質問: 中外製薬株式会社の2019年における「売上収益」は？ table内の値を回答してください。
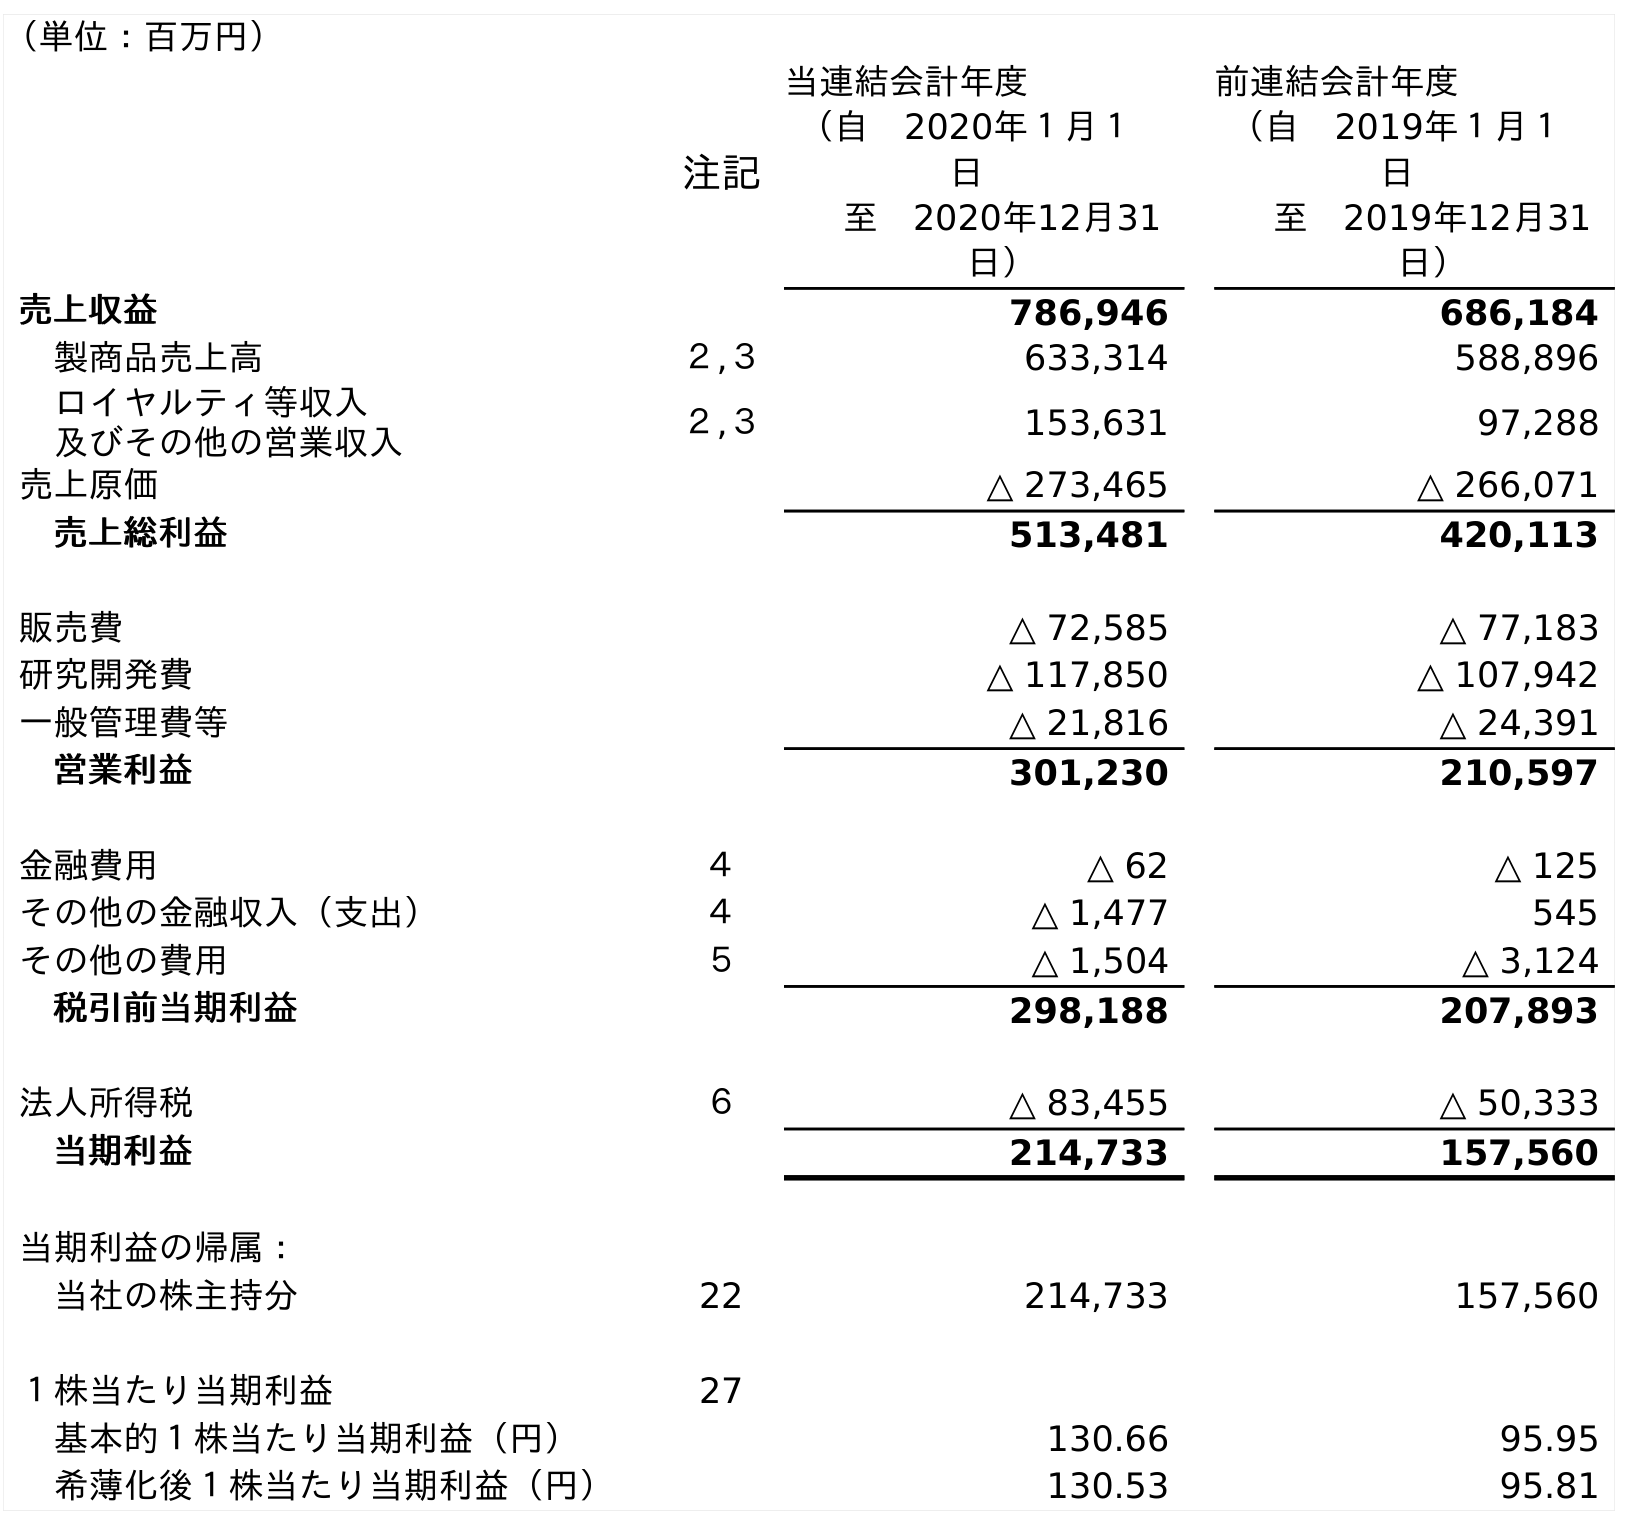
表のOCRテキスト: （単位：百万円） 注記 当連結会計年度 （自 2020年１月１ 日 至 2020年12月31 日） 前連結会計年度 （自 2019年１月１ 日 至 2019年12月31 日） 売上収益 786,946 686,184 製商品売上高 ２,３ 633,314 588,896 ロイヤルティ等収入 及びその他の営業収入 ２,３ 153,631 97,288 売上原価 △ 273,465 △ 266,071 売上総利益 513,481 420,113 販売費 △ 72,585 △ 77,183 研究開発費 △ 117,850 △ 107,942 一般管理費等 △ 21,816 △ 24,391 営業利益 301,230 210,597 金融費用 ４ △ 62 △ 125 その他の金融収入（支出） ４ △ 1,477 545 その他の費用 ５ △ 1,504 △ 3,124 税引前当期利益 298,188 207,893 法人所得税 ６ △ 83,455 △ 50,333 当期利益 214,733 157,560 当期利益の帰属： 当社の株主持分 22 214,733 157,560 １株当たり当期利益 27 基本的１株当たり当期利益（円） 130.66 95.95 希薄化後１株当たり当期利益（円） 130.53 95.81
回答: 686,184